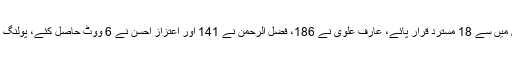
پنجاب اسمبلی میں 354 میں 351 ارکان نے ووٹ کاسٹ کیا جن میں سے 18 مسترد قرار پائے، عارف علوی نے 186، فضل الرحمٰن نے 141 اور اعتزاز احسن نے 6 ووٹ حاصل کئے، پولنگ لاہور ہائیکورٹ کے چیف جسٹس یاور علی کی نگرانی میں ہوئی۔